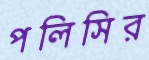
পলিসির